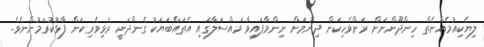
ލިޔެކިއުމެއްނެތް ހިންދޫންނަށް ރަށްވެހިކަން ދިނުމަށް ނިންމާފައިވާ މައްސަލާގައި އެތައްބަޔަކު ގެންދަނީ ރުޅިވެރިކަން ފާޅުކުރަމުންނެވެ.